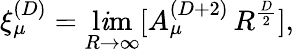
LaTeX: \xi_{\mu}^{(D)}=\operatorname*{l\mathit{i}m}_{R\rightarrow\infty}[A_{\mu}^{(D+2)}\, R^{\frac{{D}}{{2}}}],